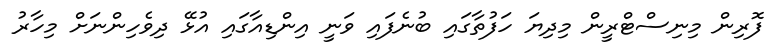
ފޮރިން މިނިސްޓްރީން މިދިޔަ ހަފުތާގައި ބުނެފައި ވަނީ އިންޑިއާގައި އުޅޭ ދިވެހިންނަށް މިހާރު